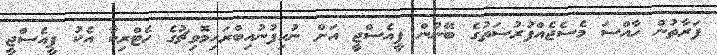
ފަރާތުން ހާއްސަ މެސެޖެއްފުރުސަތުގެ ބޭނުން ޕީއެސްޖީ އަށް ނުހިފުނުއިބްރަހިމޮވިޗުގެ ހެޓްރިކާ އެކު ޕީއެސްޖީ